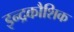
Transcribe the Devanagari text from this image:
इन्द्रकौशिक